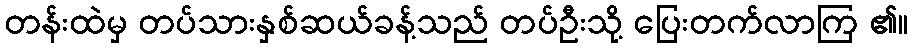
တန်းထဲမှ တပ်သားနှစ်ဆယ်ခန့်သည် တပ်ဦးသို့ ပြေးတက်လာကြ ၏။